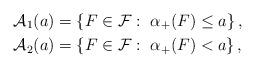
LaTeX: \begin{align*}\mathcal{A}_{1}(a) &= \left\{F\in \mathcal{F}:~ \alpha_+(F) \leq a \right\}, \\\mathcal{A}_{2}(a) &= \left\{F\in \mathcal{F}:~ \alpha_+(F) < a \right\},\end{align*}